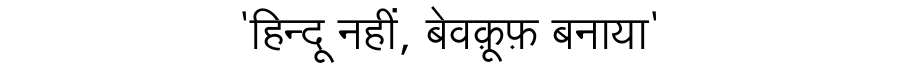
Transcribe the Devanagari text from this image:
'हिन्दू नहीं, बेवक़ूफ़ बनाया'